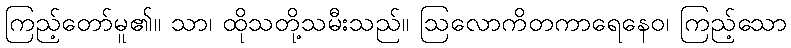
ကြည့်တော်မူ၏။ သာ၊ ထိုသတို့သမီးသည်။ ဩလောကိတကာရေနေဝ၊ ကြည့်သော